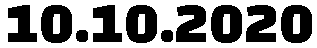
10.10.2020